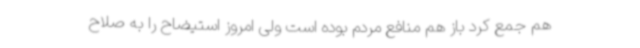
هم جمع کرد باز هم منافع مردم بوده است ولی امروز استیضاح را به صلاح